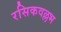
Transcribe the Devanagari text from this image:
रसिकवल्लभ